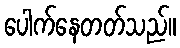
ပေါက်နေတတ်သည်။